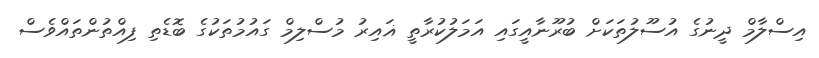
އިސްލާމް ދީނުގެ އުސޫލުތަކަށް ބުރޫނާއީގައި އަމަލުކުރާތީ ޣައިރު މުސްލިމް ގައުމުތަކުގެ ބޮޑެތި ފިއްތުންތައްވެސް